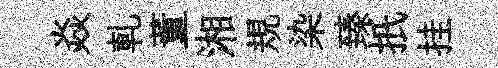
焱軋董湘規染臻扺挂